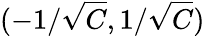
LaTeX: (-1/\sqrt{C},1/\sqrt{C})